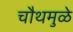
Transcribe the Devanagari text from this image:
चौथमुळे